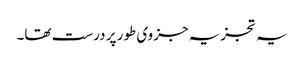
یہ تجزیہ جزوی طور پر درست تھا۔